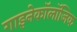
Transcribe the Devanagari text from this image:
गाइनेकॉलॉजिक